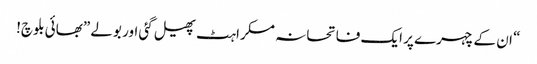
“ ان کے چہرے پر ایک فاتحانہ مسکراہٹ پھیل گئی اور بولے ”بھائی بلوچ!